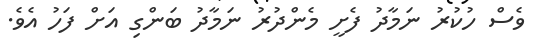
ވެސް ހުކުރު ނަމާދު ފެށީ މެންދުރު ނަމާދު ބަންގި އަށް ފަހު އެވެ.